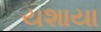
યશાયા